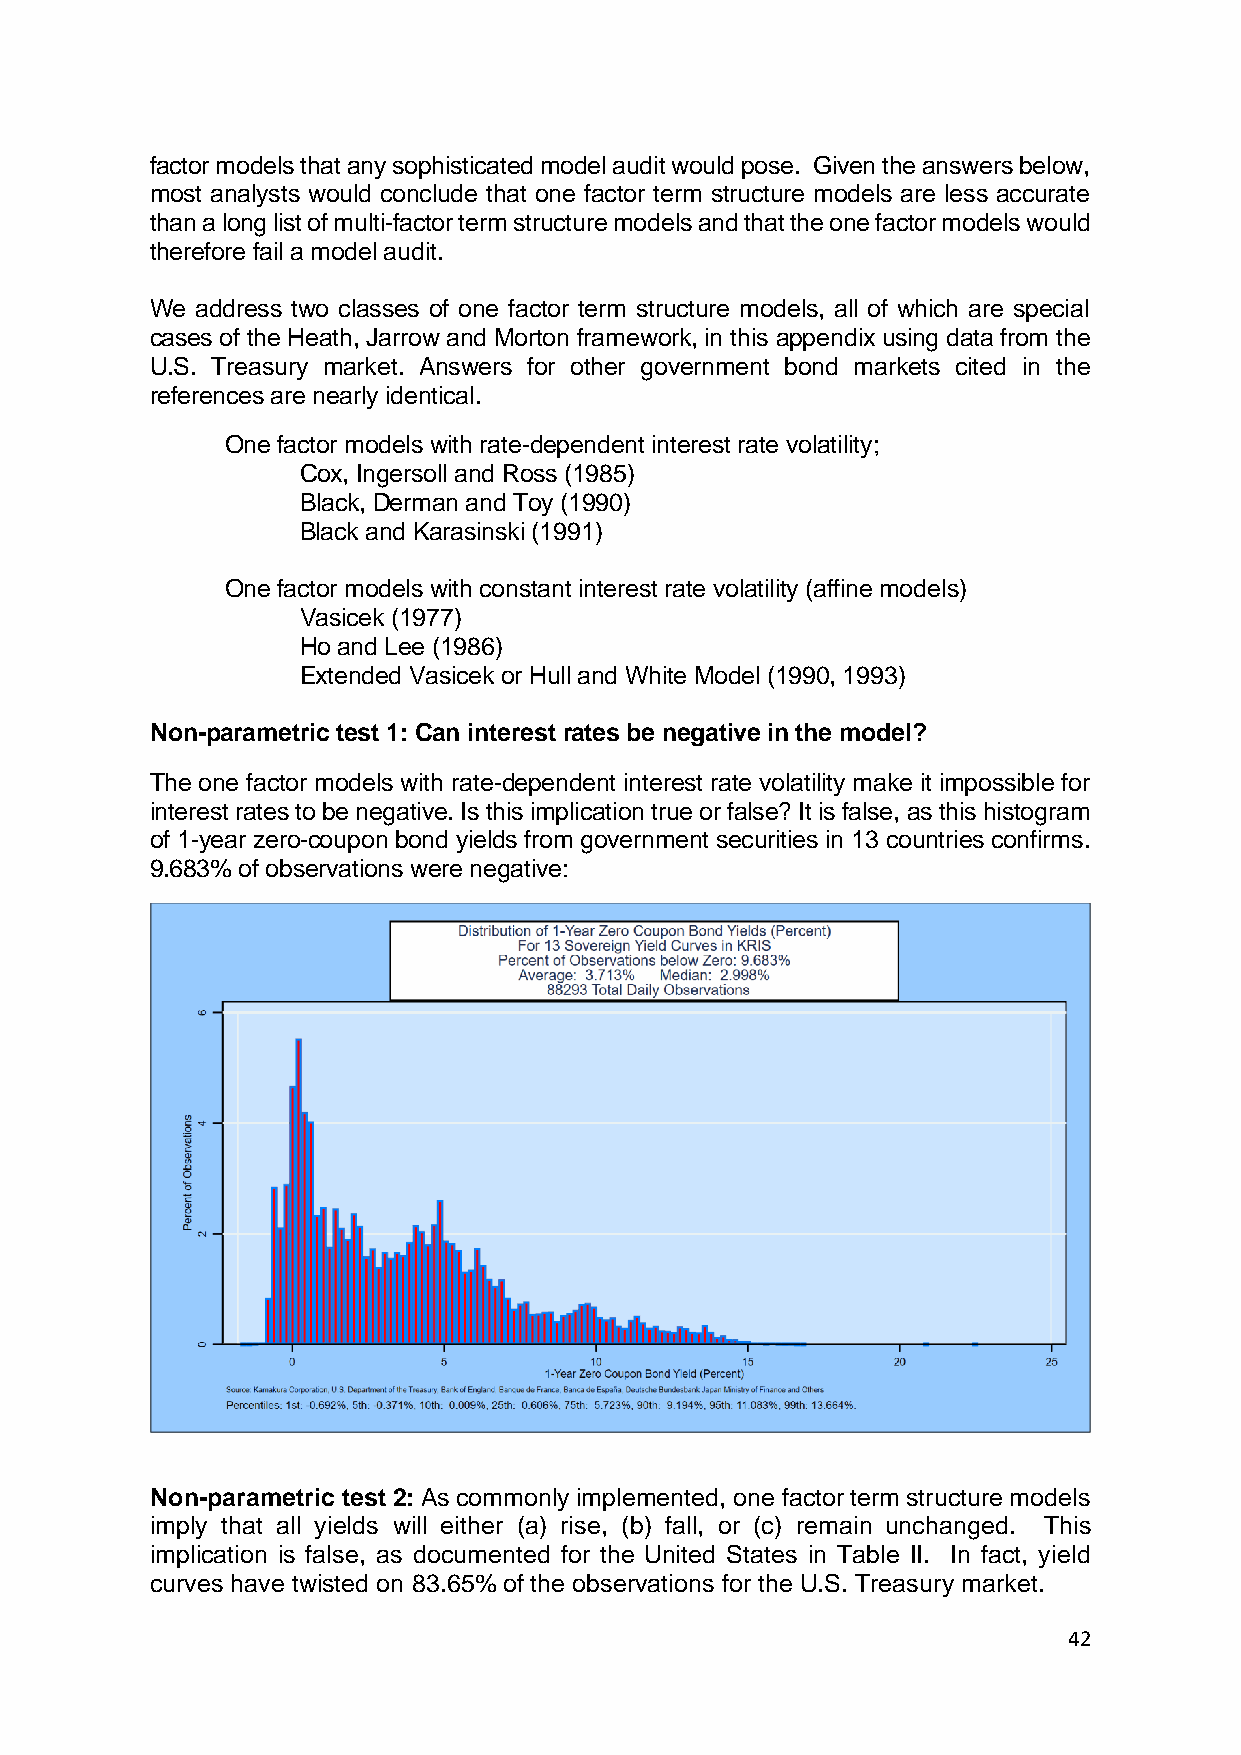
factor models that any sophisticated model audit would pose. Given the answers below,
 most analysts would conclude that one factor term structure models are less accurate
 than a long list of multi-factor term structure models and that the one factor models would
 therefore fail a model audit.
 We address two classes of one factor term structure models, all of which are special
 cases of the Heath, Jarrow and Morton framework, in this appendix using data from the
 U.S. Treasury market. Answers for other government bond markets cited in the
 references are nearly identical.
 One factor models with rate-dependent interest rate volatility;
 Cox, Ingersoll and Ross (1985)
 Black, Derman and Toy (1990)
 Black and Karasinski (1991)
 One factor models with constant interest rate volatility (affine models)
 Vasicek (1977)
 Ho and Lee (1986)
 Extended Vasicek or Hull and White Model (1990, 1993)
 Non-parametric test 1: Can interest rates be negative in the model?
 The one factor models with rate-dependent interest rate volatility make it impossible for
 interest rates to be negative. Is this implication true or false? It is false, as this histogram
 of 1-year zero-coupon bond yields from government securities in 13 countries confirms.
 9.683% of observations were negative:
 Non-parametric test 2: As commonly implemented, one factor term structure models
 imply that all yields will either (a) rise, (b) fall, or (c) remain unchanged. This
 implication is false, as documented for the United States in Table II. In fact, yield
 curves have twisted on 83.65% of the observations for the U.S. Treasury market.
 42